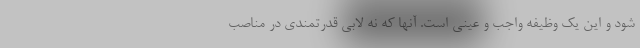
شود و این یک وظیفه واجب و عینی است. آنها که نه لابی قدرتمندی در مناصب